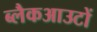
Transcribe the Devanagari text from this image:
ब्लैकआउटों